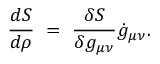
{ \frac { d S } { d \rho } } ~ = ~ { \frac { \delta S } { \delta g _ { \mu \nu } } } \dot { g } _ { \mu \nu } .